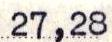
27,28